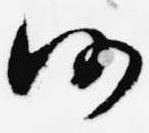
仍